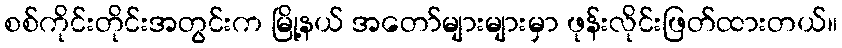
စစ်ကိုင်းတိုင်းအတွင်းက မြို့နယ် အတော်များများမှာ ဖုန်းလိုင်းဖြတ်ထားတယ်။